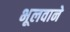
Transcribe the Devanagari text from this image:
भूलवाने